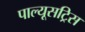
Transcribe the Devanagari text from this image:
पाल्यूसट्रिस